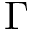
\Gamma